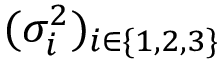
( \sigma _ { i } ^ { 2 } ) _ { i \in \{ 1 , 2 , 3 \} }